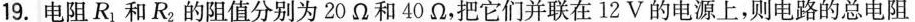
19.电阻R_{1}和R_{2}的阻值分别为20Ω和40Ω，把它们并联在12V的电源上，则电路的总电阻